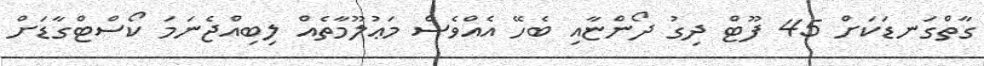
ގާތްގަނޑަކަށް 45 ފޫޓް ދިގު ދޯންޏާއި ބެހޭ އެއްވެސް މަޢުލޫމާތެއް ލިބިއްޖެނަމަ ކޯސްޓްގާޑަށް